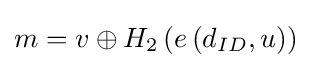
\textstyle m=v\oplus H_{2}\left(e\left(d_{ID},u\right)\right)